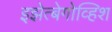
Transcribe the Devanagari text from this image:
इझेत्बेगोव्हिश